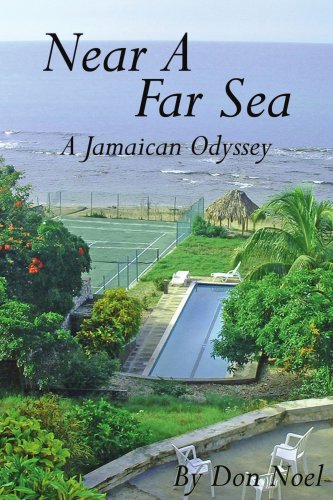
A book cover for Near A Far Sea: A Jamaican Odyssey; Don Noel; Travel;